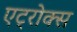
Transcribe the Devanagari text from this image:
एट्रोक्स